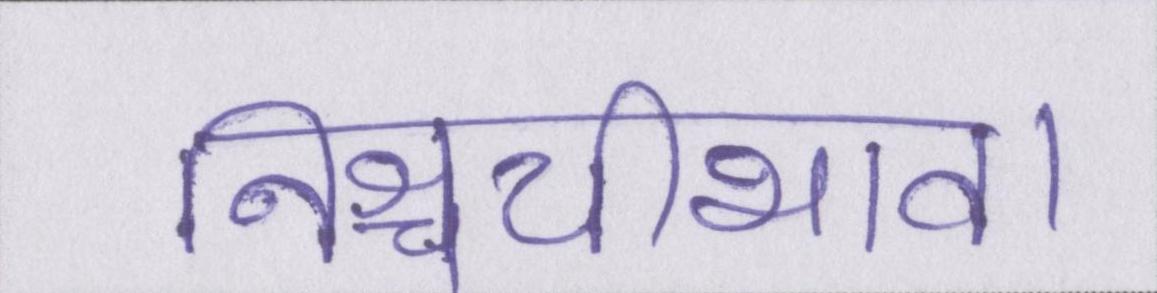
निश्चयीभाव।